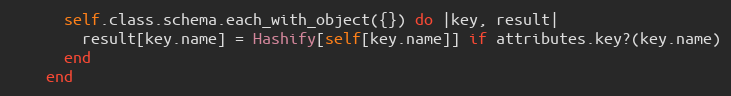
Language: Ruby
      self.class.schema.each_with_object({}) do |key, result|
        result[key.name] = Hashify[self[key.name]] if attributes.key?(key.name)
      end
    end